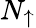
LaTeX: N_{\uparrow}